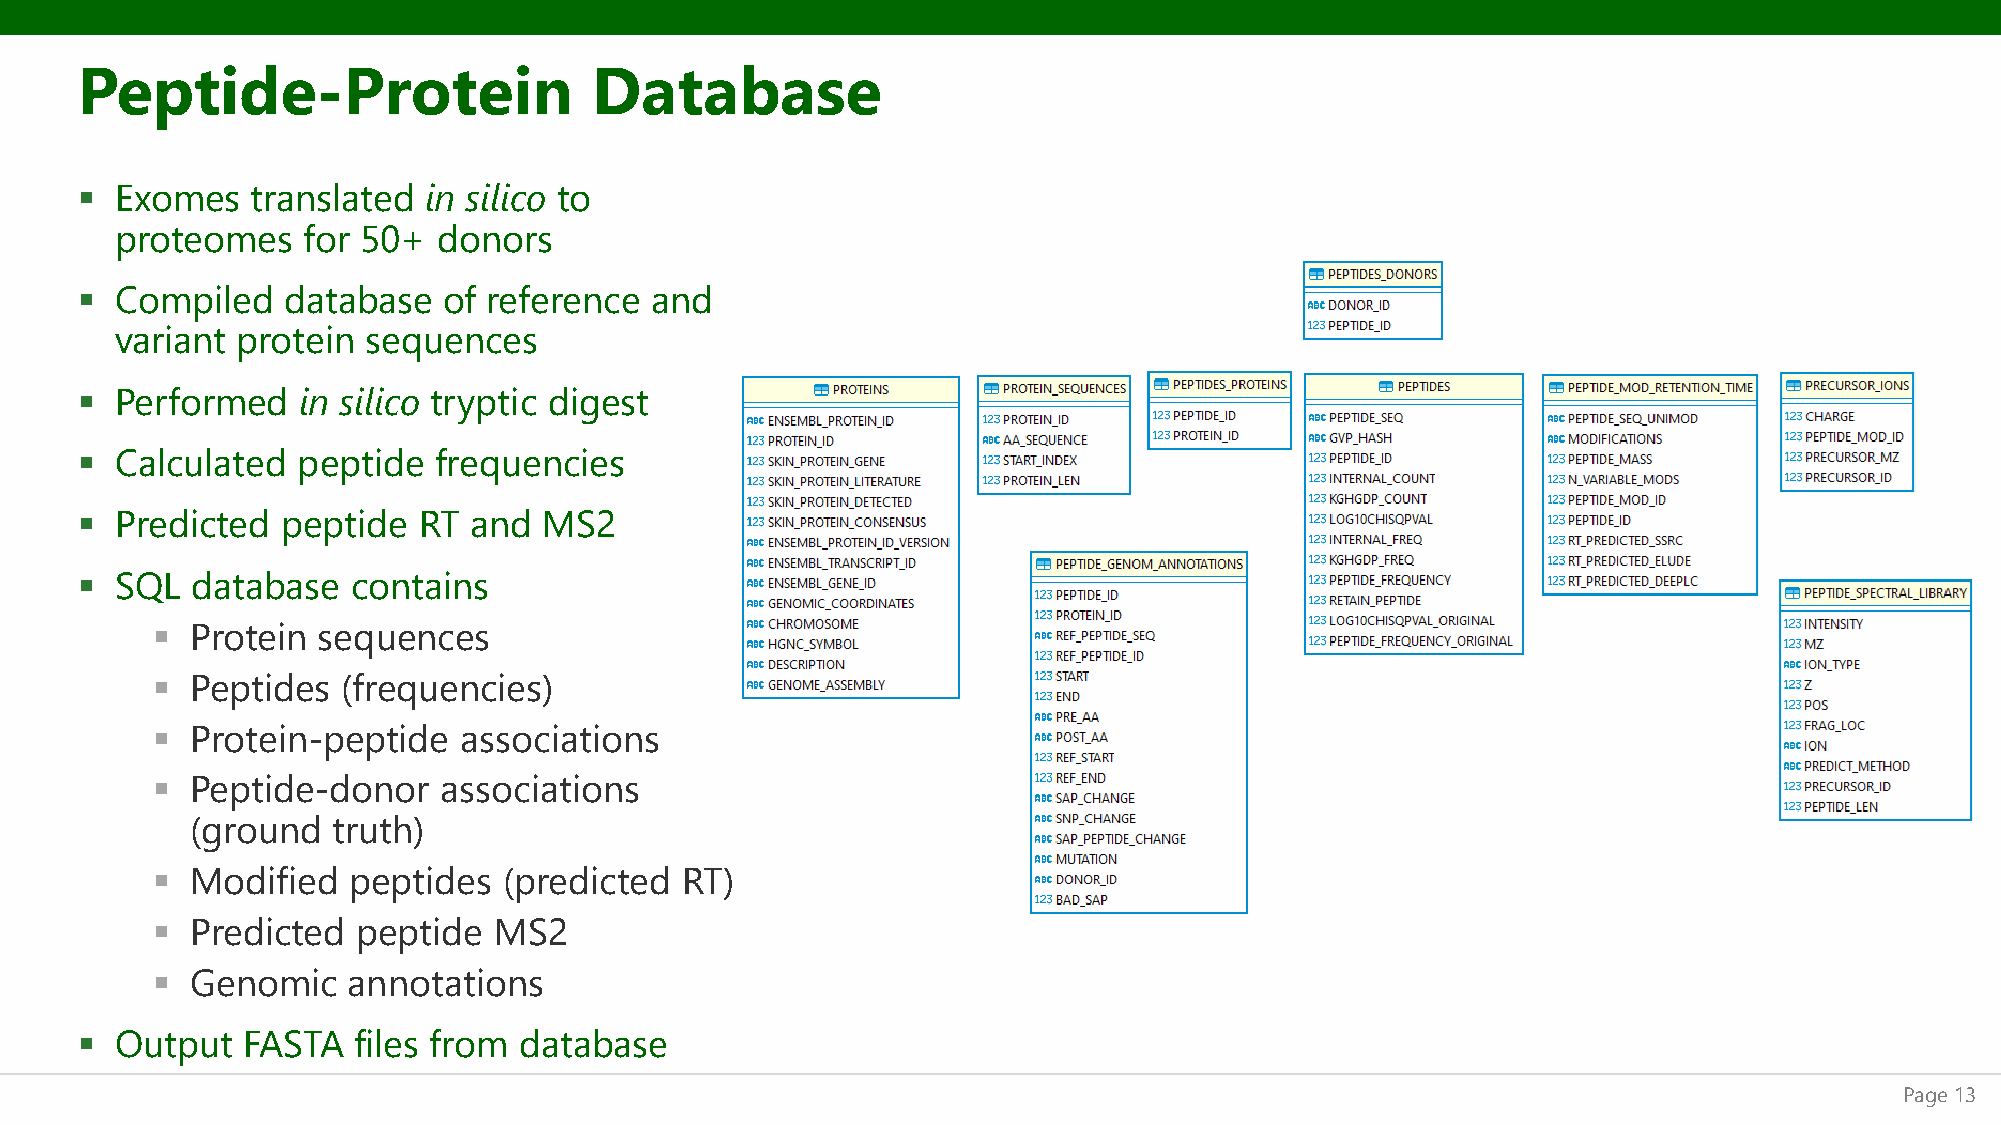
Peptide-Protein                   Database
 ▪  Exomes   translated in silico to
 proteomes   for 50+  donors
 ▪  Compiled   database  of reference  and
 variant protein sequences
 ▪  Performed   in silico tryptic digest
 ▪  Calculated  peptide  frequencies
 ▪  Predicted  peptide  RT and  MS2
 ▪  SQL  database  contains
 ▪  Protein sequences
 ▪  Peptides  (frequencies)
 ▪  Protein-peptide  associations
 ▪  Peptide-donor   associations
 (ground  truth)
 ▪  Modified  peptides  (predicted  RT)
 ▪  Predicted  peptide  MS2
 ▪  Genomic   annotations
 ▪  Output  FASTA  files from database
 Page 13